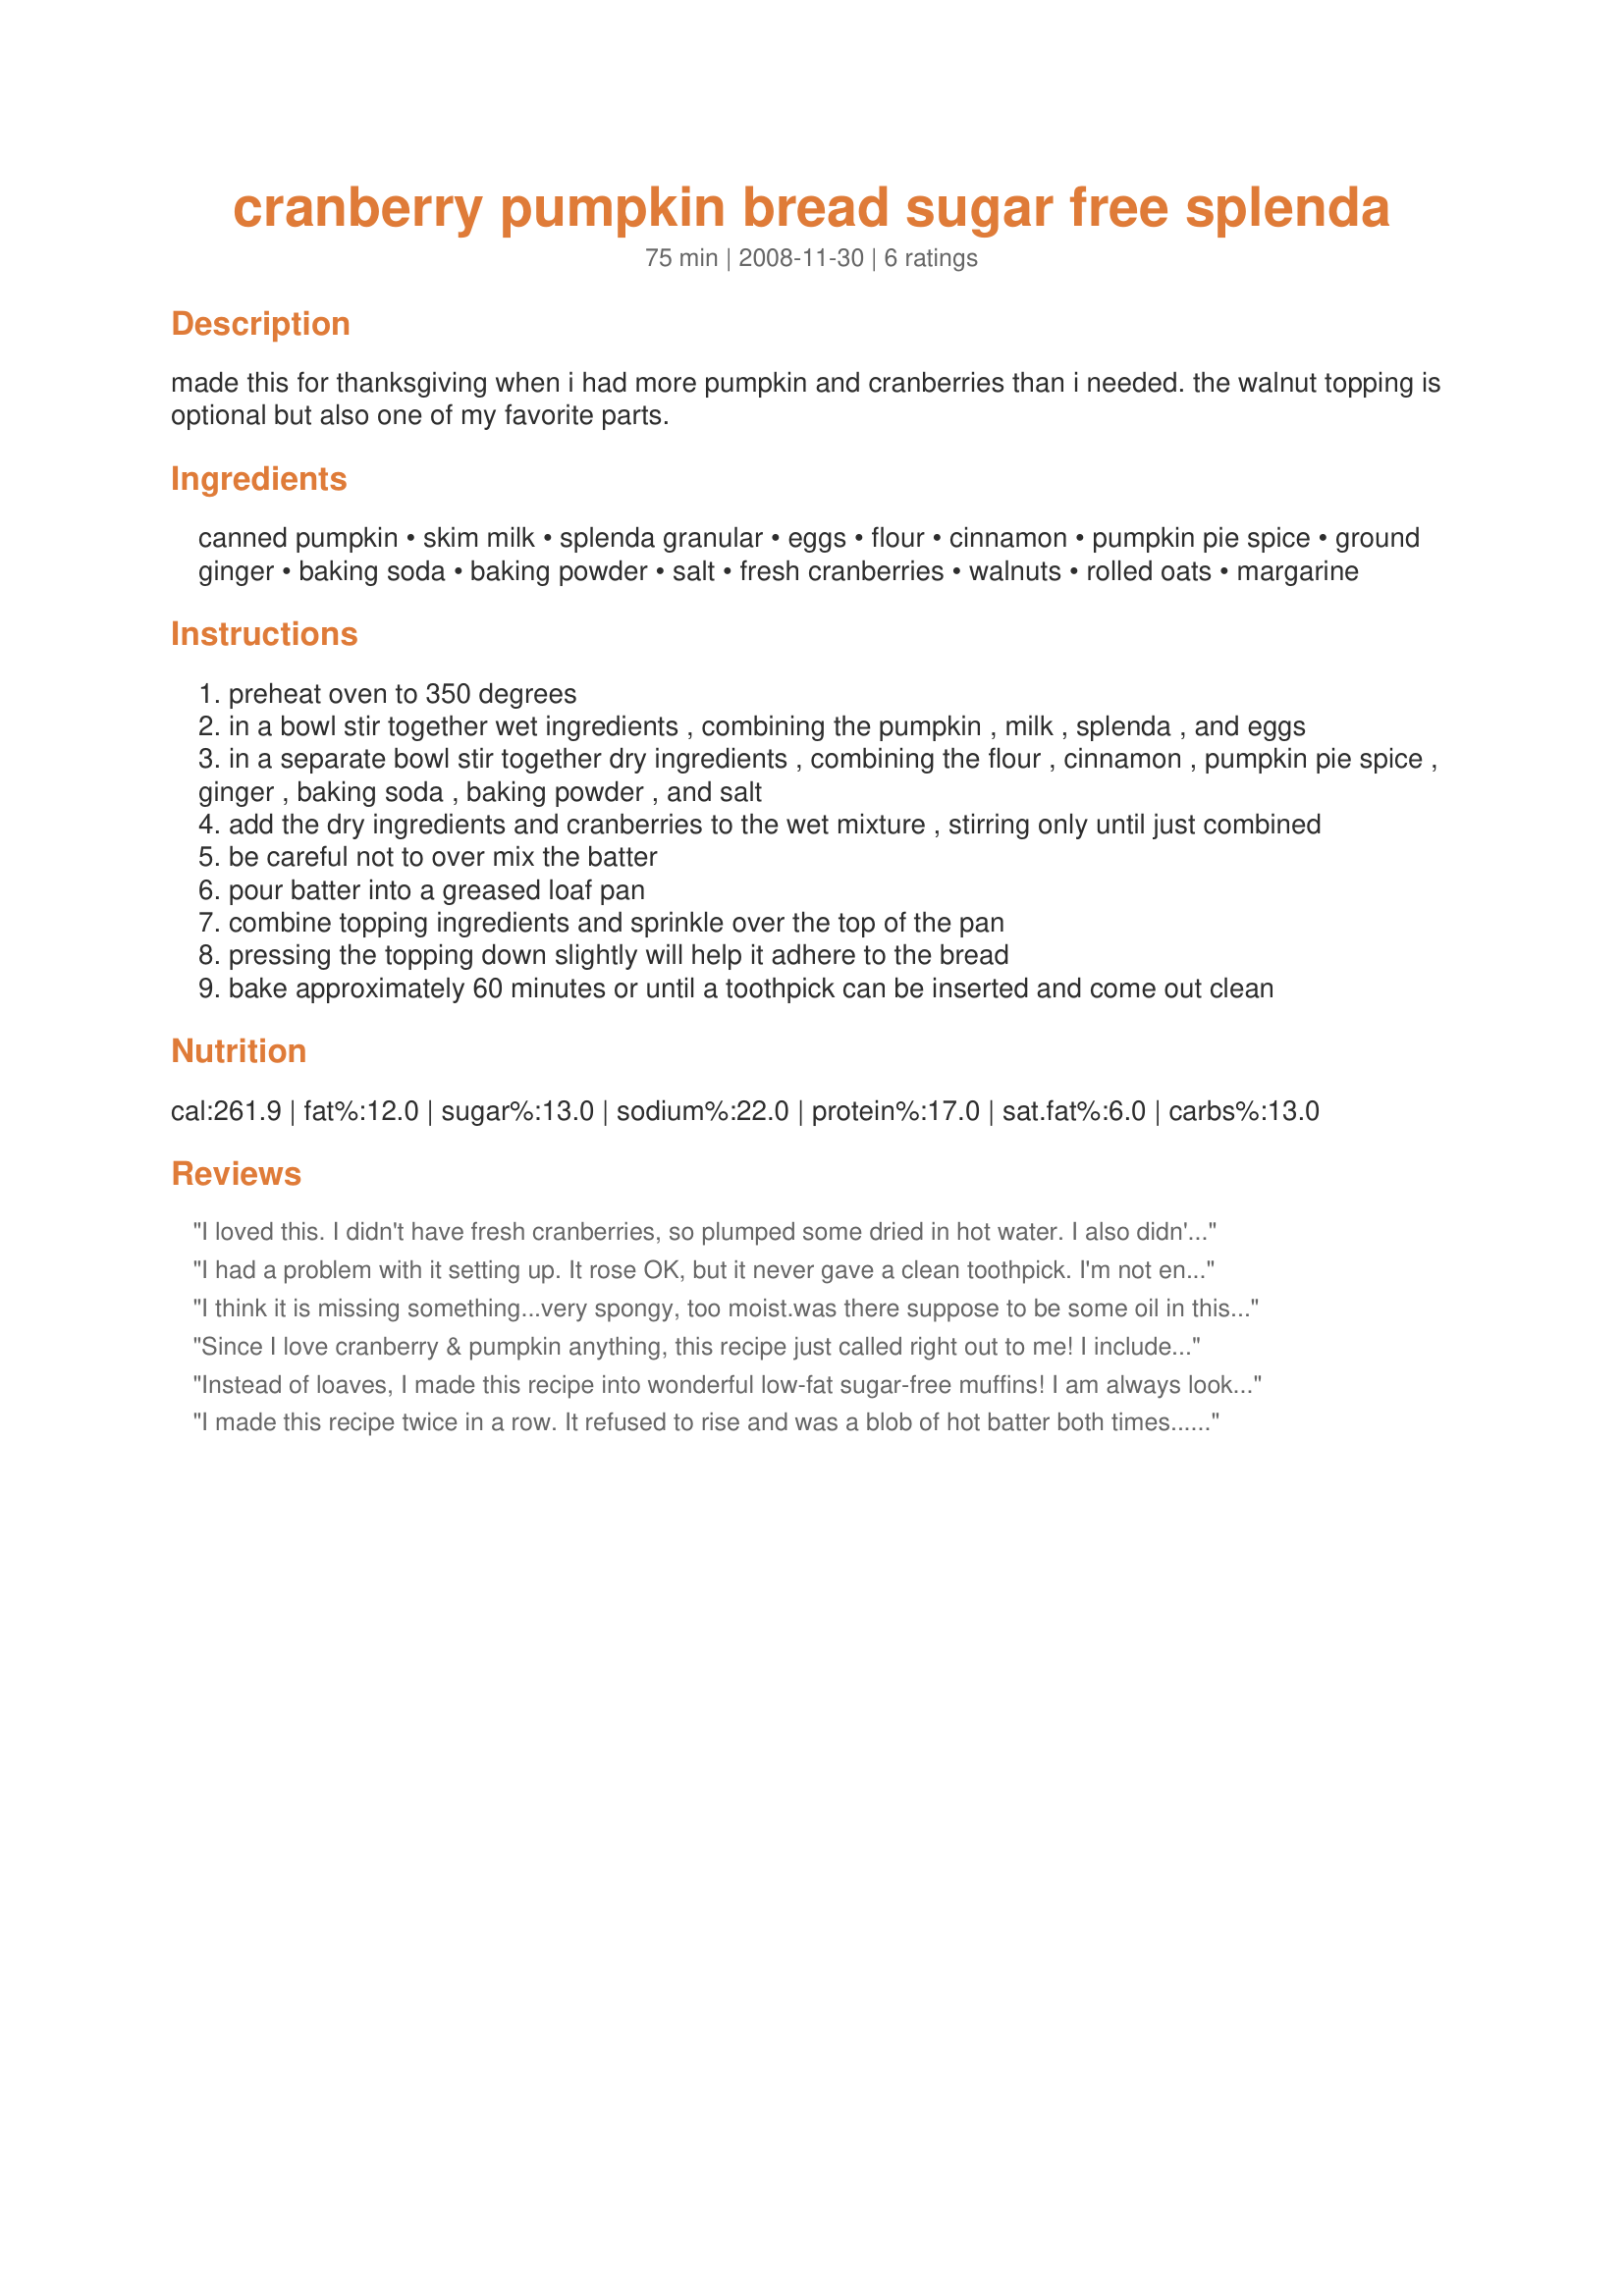
cranberry pumpkin bread sugar free splenda
Preparation time: 75 minutes

made this for thanksgiving when i had more pumpkin and cranberries than i needed. the walnut topping is optional but also one of my favorite parts.

Ingredients:
canned pumpkin, skim milk, splenda granular, eggs, flour, cinnamon, pumpkin pie spice, ground ginger, baking soda, baking powder, salt, fresh cranberries, walnuts, rolled oats, margarine

Steps:
preheat oven to 350 degrees
in a bowl stir together wet ingredients , combining the pumpkin , milk , splenda , and eggs
in a separate bowl stir together dry ingredients , combining the flour , cinnamon , pumpkin pie spice , ginger , baking soda , baking powder , and salt
add the dry ingredients and cranberries to the wet mixture , stirring only until just combined
be careful not to over mix the batter
pour batter into a greased loaf pan
combine topping ingredients and sprinkle over the top of the pan
pressing the topping down slightly will help it adhere to the bread
bake approximately 60 minutes or until a toothpick can be inserted and come out clean

Reviews:
I loved this. I didn't have fresh cranberries, so plumped some dried in hot water. I also didn't have quite enough pumpkin, so mashed banana to make up the difference. I made it in 2 small pans - very moist - delicious!
I had a problem with it setting up. It rose OK, but it never gave a clean toothpick. I'm not enough of a baker to know what was wrong with the recipe.
I think it is missing something...very spongy, too moist.was there suppose to be some oil in this recipe?
Since I love cranberry & pumpkin anything, this recipe just called right out to me! I included the walnut-&-oat topping, & made a great smelling, wonderful tasting bread! Thanks for posting a keeper of a recipe! [Tagged, made & reviewed in New Kids On the Block Tag Game]
Instead of loaves, I made this recipe into wonderful low-fat sugar-free muffins! I am always looking for healthier muffins for me, and these are fantastic! The only changes I made were to reduce the Splenda (I can't handle its sweetness too much), omit the topping, add slightly more of the spices to taste, add an extra 1/2 teaspoon baking soda, and scant 1/2 cup skim milk powder, as per the Splenda baking suggestions on the bag. (they suggest 1/2 tsp extra soda and 1/2 cup skim milk powder per 1 cup of splenda used). These turned out suprisingly fluffy and fairly moist! I didn't use paper liners because I find they stick too much with low-fat muffins, so I sprayed the pan instead. An absolute make again! Thanks! ^_^
I made this recipe twice in a row. It refused to rise and was a blob of hot batter both times...no matter how long I let it bake.
